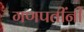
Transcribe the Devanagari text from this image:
गणपतींनी